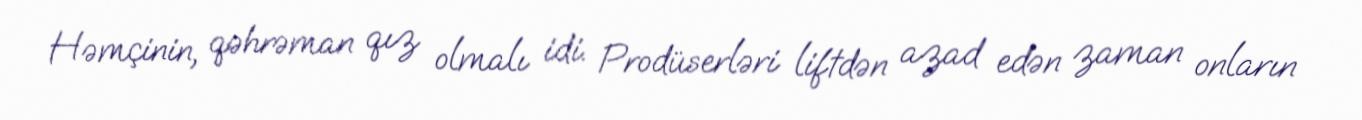
Həmçinin, qəhrəman qız olmalı idi. Prodüserləri liftdən azad edən zaman onların